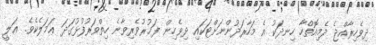
ދިވެހިރާއްޖެ ދެމިއޮތްހާ ހިނދަކު އެ މަހާރަދުންނަށްޓަކައި ދިވެހިން ފަޚުރުވެރިވާނެ ހިތްވަރުފުޅުގަދަ ޢަމަލެކެވެ. ޢަލީ